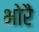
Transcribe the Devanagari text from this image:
भोरै